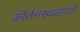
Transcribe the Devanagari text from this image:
कीर्तनस्थळाचे